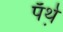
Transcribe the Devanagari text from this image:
पॅर्थ़